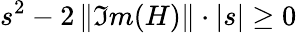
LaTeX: s^{2}-2\, \| \Im m(H)\| \cdot|s|\geq 0